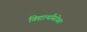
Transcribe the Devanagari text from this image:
विद्यार्थांसोबत